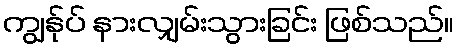
ကျွန်ုပ် နားလျှမ်းသွားခြင်း ဖြစ်သည်။